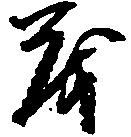
も